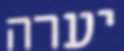
יערה